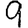
Digit: 9